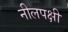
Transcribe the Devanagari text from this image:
नीलपक्षी